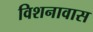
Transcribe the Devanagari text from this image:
विशनावास